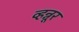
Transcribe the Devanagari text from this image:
व्हन्नूर